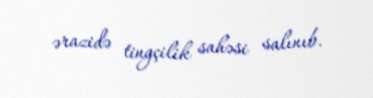
ərazidə tingçilik sahəsi salınıb.